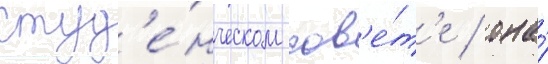
студ'е́нческом сов'е́т'е / она́